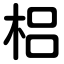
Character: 梠